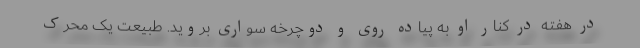
در هفته در کنار او به پیاده روی و دوچرخه سواری بروید. طبیعت یک محرک